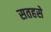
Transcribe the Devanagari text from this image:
सतहसे